Report on malaria in the Punjab during the year ...  together with an account of the work of the Punjab Malaria Bureau - Volume 5
Disease focus: Malaria
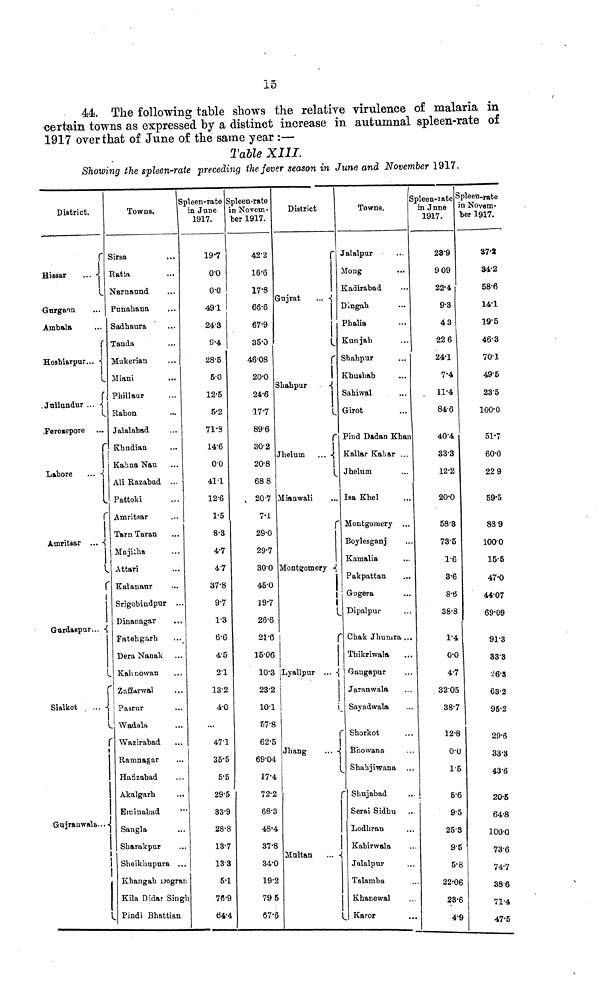
15
44. The following table shows the relative virulence of malaria in
certain towns as expressed by a distinct increase in autumnal spleen-rate of
1917 over that of June of the same year :—
Table XIII.
Showing the spleen-rate preceding the fever season in June and November 1917.
District.
Hissar
...
Gurgaon
Ambala
Hoshiarpur...
Jullundur ...
Ferozepore
Lahore
...
Amritsar ...
Gurdaspur...
Sialkot
...
Gujranwala...
1
|
Towns.
Sirsa
Ratia
...
Nsrnaund
Punahana
Sadhaura
Tanda
Mukerian
Miani
Phillaur
Rahon
Jalalabad
Khudian
Kahma Nau
Ali Razabad ...
Pattoki
Amritsar
Tarn Taran
Majilha
Attari
Kalanaur
Srigobindpur ...
Dinanagar
...
Fatehgarh
Dera Nanak
Kah nowan
Zaffarwal
Pasrur
Wadala
Wazirabad
Ramnagar
Hafizabad
Akalgarh
Eminabad
Sangla
Sharakpur
Sheiklmpura ...
Khangah Dogran
Kila Didar Singh
Pindi Bhattian
Spleen-rate
in June
1917.
19.7
00
0.0
491
243
9.4
28.5
5.0
12.5
5.2
71.3
14.6
00
41.1
12.6
1.5
8.3
4.7
47
37.8
9.7
1.3
6.6
4.5
21
13.2
4.0
...
471
35.5
5.5
29.5
33.9
28.8
13.7
133
5.1
76.9
64.4
Spleen-rate
in Novem-
ber 1917.
42.2
16.6
17.8
66.6
67.9
35.0
46.08
20.0
24.6
17.7
896
30.2
20.8
68 8
20.7
7.1
29.0
29.7
30.0
45.0
19.7
26.6
21.6
15.06
10.3
232
10.1
57.8
62.5
69.04
17.4
72.2
68.3
48.4
37.8
34.0
19.2
79 5
67.0
District
Gujrat
...
Shahpur
Jhelum
...
Mianwali
Montgomery
Lyallpur ...
Jhang
...
1
Multan
...
Towns.
Jalalpur
Moug
Kadirabad
Dingah
Phalia
Kunjah
Shahpur
Khushah
Sahiwal
Girot
Pind Dadan Khan
Kallar Kaliar ...
Jhelum
Isa Khel
Montgomery
Boylesganj
Kamalia
Pakpattan
Gugera
Dipalpur
Chak Jhumra ...
Thikriwala
Gangapur
Jaranwala
Sayadwala
Shorkot
Bhowana
Shabjiwana ...
Shujabad
Serai Sidhu
Lodbran
Kabirwala
Jalalpur
Talamba
Khanewal
Karor
Spleen-rate
in June
1917.
23.9
9 09
22.4
9.3
43
22 6
24.1
7.4
11.4
84.6
40.4
333
12.2
20.0
58.8
73.5
1.6
3.6
8.6
38.8
1.4
0.0
4.7
. 3205
38.7
12.8
0.0
1.5
5.6
9.5
25.3
9.5
5.8
22.06
28.6
49
Spleen-rate
in Novem-
ber 1917.
37.2
34-2
58.6
14.1
19.5
46.3
70.1
495
23.5
100.0
51.7
60.0
22 9
59.5
88 9
100.0
15.5
47.0
44.07
69.09
91.3
333
26.8
63.2
95.2
29.6
33.3
43.6
20.5
64.6
lOO.O
73.6
74.7
38.6
71.4
47.5